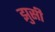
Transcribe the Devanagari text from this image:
झुसी